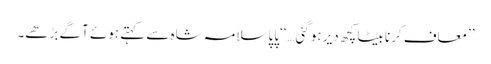
’’معاف کرنا بیٹا کچھ دیر ہوگئی…‘‘پاپا سلامہ شاہ سے کہتے ہوئے آگے بڑھے۔